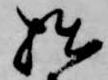
拙